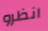
انظرو